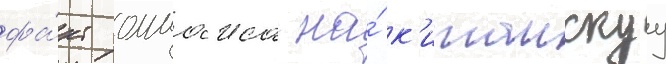
фа́кт оммажа на́ к'итаискуу